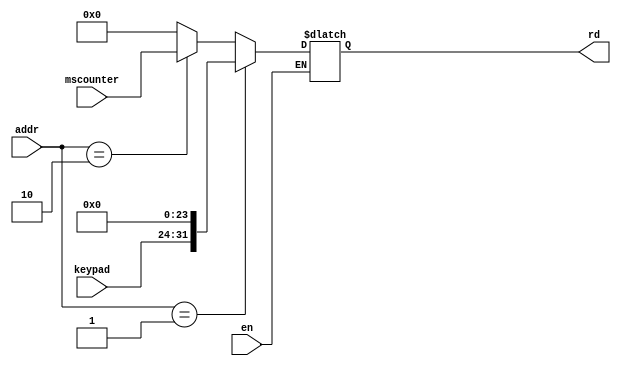
module iomemory(
    input en,
    input [10:0] addr,
    input [7:0] keypad,
    input [31:0] mscounter,
    output reg [31:0] rd    
);

always @(*) begin
    if(en)
    begin
        if(addr==11'd1)
            rd = {keypad,24'b0};
        else if(addr==11'd2)
            rd = {mscounter};
        else
            rd = 32'b0;
    end
end

endmodule